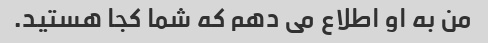
من به او اطلاع می دهم که شما کجا هستید.